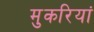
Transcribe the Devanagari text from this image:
मुकरियां